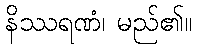
နိဿရဏံ၊ မည်၏။